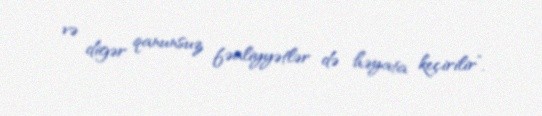
və digər qanunsuz fəaliyyətlər də həyata keçirilir”.